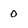
Character: 0